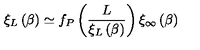
\xi _ { L } \left( \beta \right) \simeq f _ { P } \left( \frac { L } { \xi _ { L } \left( \beta \right) } \right) \xi _ { \infty } \left( \beta \right)